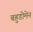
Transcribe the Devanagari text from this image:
बहुडोमेन